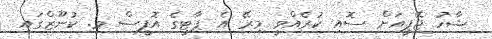
ޝާހު ޖޭޕީއަށް ސޮއި ކުރެއްވީ މިރޭ އެ ޕާޓީގެ އޮފީސް މ. ކުނޫޒްގައި